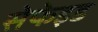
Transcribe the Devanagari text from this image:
सेफेइड